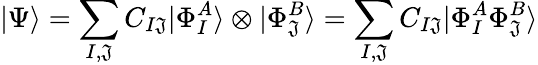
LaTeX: |\Psi\rangle=\sum_{I,\mathfrak{J}}C_{I\mathfrak{J}}|\Phi_{I}^{A}\rangle\otimes|\Phi_{\mathfrak{J}}^{B}\rangle=\sum_{I,\mathfrak{J}}C_{I\mathfrak{J}}|\Phi_{I}^{A}\Phi_{\mathfrak{J}}^{B}\rangle